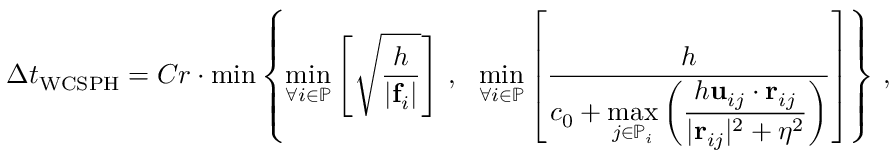
\Delta t _ { \mathrm { W C S P H } } = C r \cdot \operatorname* { m i n } \left\lbrace \operatorname* { m i n } _ { \forall i \in \mathbb { P } } \left[ \sqrt { \frac { h } { \vert \mathbf { f } _ { i } \vert } } \right] \, , \: \: \: \operatorname* { m i n } _ { \forall i \in \mathbb { P } } \left[ \frac { h } { c _ { 0 } + \displaystyle \operatorname* { m a x } _ { j \in \mathbb { P } _ { i } } \left( \frac { h \mathbf { u } _ { i j } \cdot \mathbf { r } _ { i j } } { \vert \mathbf { r } _ { i j } \vert ^ { 2 } + \eta ^ { 2 } } \right) } \right] \right\rbrace \, ,